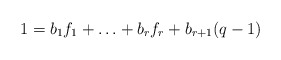
\begin{align*}1 = b_1f_1 + \ldots + b_rf_r + b_{r+1}(q-1)\end{align*}